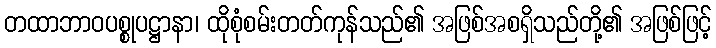
တထာဘာဝပစ္စုပဋ္ဌာနာ၊ ထိုစုံစမ်းတတ်ကုန်သည်၏ အဖြစ်အစရှိသည်တို့၏ အဖြစ်ဖြင့်